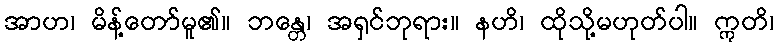
အာဟ၊ မိန့်တော်မူ၏။ ဘန္တေ၊ အရှင်ဘုရား။ နဟိ၊ ထိုသို့မဟုတ်ပါ။ ဣတိ၊